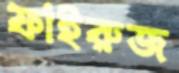
ফাইরুজ